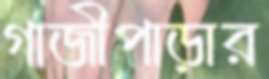
গাজীপাড়ার